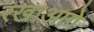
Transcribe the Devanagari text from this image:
रखाआगे